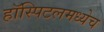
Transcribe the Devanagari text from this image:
हॉस्पिटलमध्येच